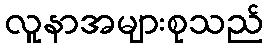
လူနာအများစုသည်